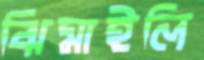
ঝিমাইলি